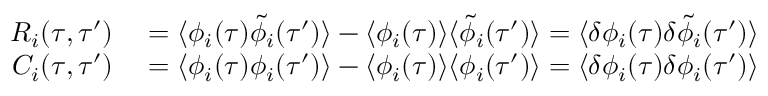
\begin{array} { r l } { R _ { i } ( \tau , \tau ^ { \prime } ) } & { { } = \langle \phi _ { i } ( \tau ) \tilde { \phi } _ { i } ( \tau ^ { \prime } ) \rangle - \langle \phi _ { i } ( \tau ) \rangle \langle \tilde { \phi } _ { i } ( \tau ^ { \prime } ) \rangle = \langle \delta \phi _ { i } ( \tau ) \delta \tilde { \phi } _ { i } ( \tau ^ { \prime } ) \rangle } \\ { C _ { i } ( \tau , \tau ^ { \prime } ) } & { { } = \langle \phi _ { i } ( \tau ) \phi _ { i } ( \tau ^ { \prime } ) \rangle - \langle \phi _ { i } ( \tau ) \rangle \langle \phi _ { i } ( \tau ^ { \prime } ) \rangle = \langle \delta \phi _ { i } ( \tau ) \delta \phi _ { i } ( \tau ^ { \prime } ) \rangle } \end{array}